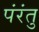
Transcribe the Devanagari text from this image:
पंरंतु